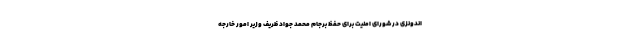
اندونزی در شورای امنیت برای حفظ برجام محمد جواد ظریف وزیر امور خارجه